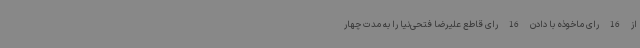
از 16 رای ماخوذه با دادن 16 رای قاطع علیرضا فتحی‌نیا را به مدت چهار